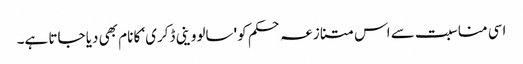
اسی مناسبت سے اس متنازعہ حکم کو 'سالووینی ڈکری‘ کا نام بھی دیا جاتا ہے۔